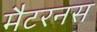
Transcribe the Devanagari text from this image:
मैटरनस